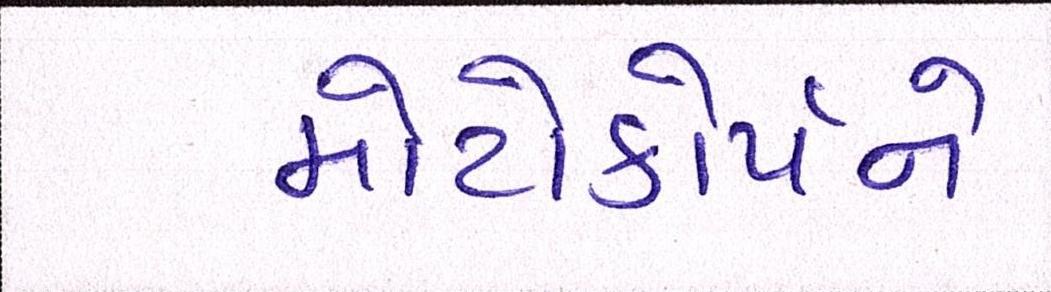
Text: મોટોકોર્પને